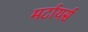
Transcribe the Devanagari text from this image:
मर्टायर्स